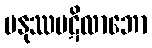
မနုဿပဋိလာဘော